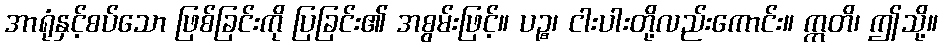
အာရုံနှင့်စပ်သော ဖြစ်ခြင်းကို ပြခြင်း၏ အစွမ်းဖြင့်။ ပဉ္စ၊ ငါးပါးတို့လည်းကောင်း။ ဣတိ၊ ဤသို့။